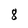
Character: 8